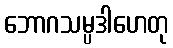
ဘောဂသမ္ပဒါဟေတု